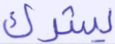
يشرك